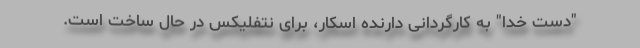
"دست خدا" به کارگردانی دارنده اسکار، برای نتفلیکس در حال ساخت است.